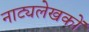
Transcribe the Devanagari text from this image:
नाट्यलेखकों